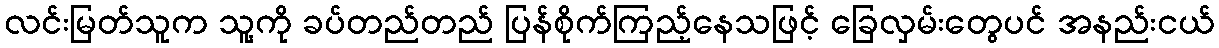
လင်းမြတ်သူက သူ့ကို ခပ်တည်တည် ပြန်စိုက်ကြည့်နေသဖြင့် ခြေလှမ်းတွေပင် အနည်းငယ်